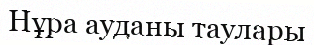
Нұра ауданы таулары